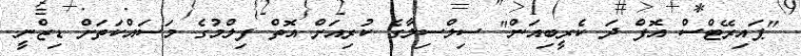
"ޕައިރޭޓްސް އޮފް ދަ ކެރީބިއަން" ސިލްސިލާގެ ކުރިއަށް އޮތް ފިލްމުގެ މަސައްކަތަށް ޑިޒްނީ